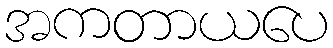
အကတာယပေ